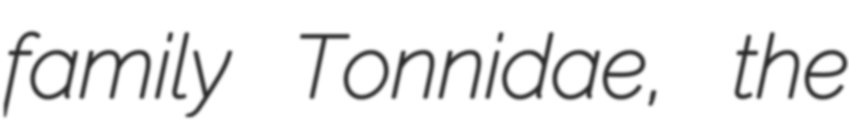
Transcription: family Tonnidae, the